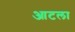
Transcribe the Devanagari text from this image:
आटला